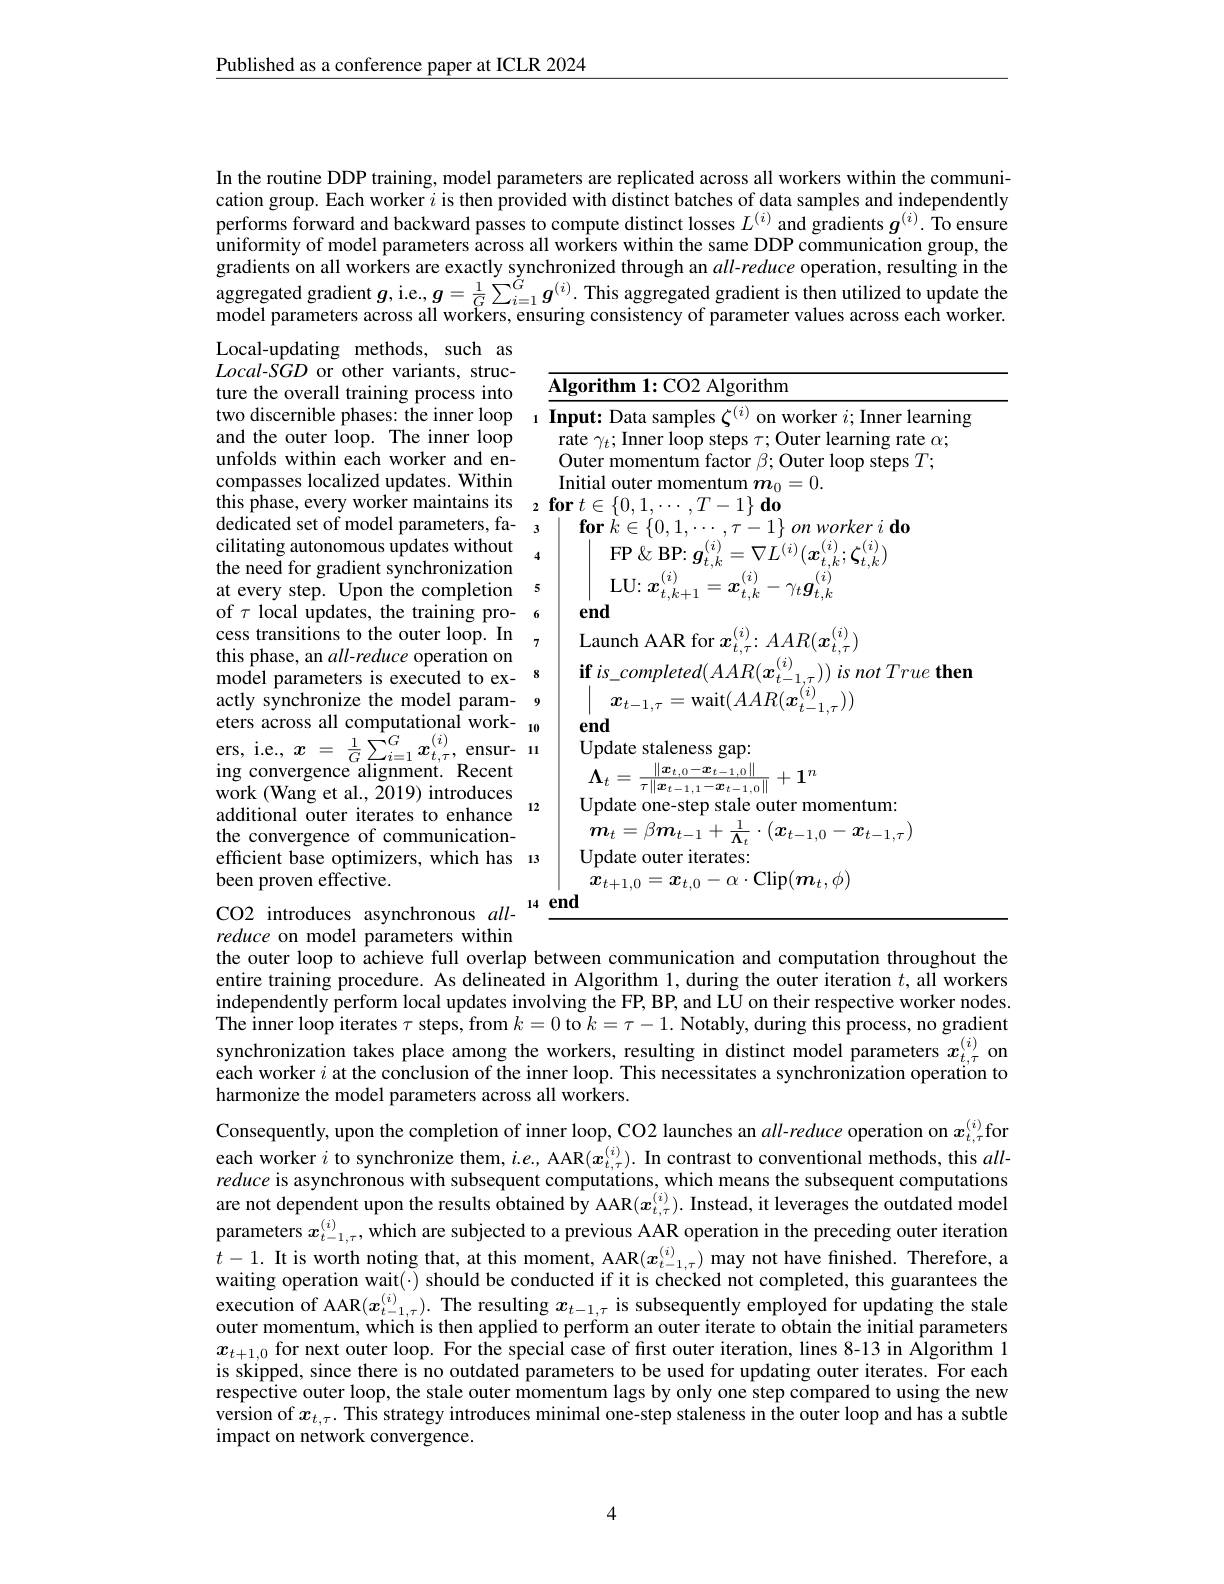
Published as a conference paper at ICLR 2024

In the routine DDP training, model parameters are replicated across all workers within the communication group. Each worker $i$ is then provided with distinct batches of data samples and independently performs forward and backward passes to compute distinct losses $L^{(i)}$ and gradients $g^{(i)}.$ To ensure $\hat{\text{uniformity of model parameters across all workers within the same DDP communication group, the}}$ gradients on all workers are exactly synchronized through an $all-reduce$ operation, resulting in the aggregated gradient $g$, i.e., $g=\frac1G\sum_{i=1}^Gg^{(i)}.$ This aggregated gradient is then utilized to update the model parameters across all workers, ensuring consistency of parameter values across each worker.

Local-updating methods, such as $Local-S\hat{G}D$ or other variants, structure the overall training process into two discernible phases: the inner loop and the outer loop. The inner loop unfolds within each worker and encompasses localized updates. Within this phase, every worker maintains its
cilitating autonomous updates without the need for gradient synchronization at every step. Upon the completion 5 of $\tau$ local updates, the training pro- 6 cess transitions to the outer loop. In , this phase, an $all-reduce$ operation on model parameters is executed to exactly synchronize the model param- 9 eters across all computational work- $_{10}$ ers, i. e. , $x= \frac 1G\sum _{i= 1}^{G}x_{t, \tau }^{( i) }$, ensur- ing convergence alignment. Recent work (Wang et al., 2019) introduces
12
additional outer iterates to enhance the convergence of communicationefficient base optimizers, which has 13
been proven effective.

<table>
	<tbody>
		<tr>
			<td>$AI$</td>
			<td>$\textbf{orithm 1: CO2 Algorithm}$</td>
		</tr>
		<tr>
			<td> </td>
			<td>puale ourer iterales. $x_{t+1,0}=\boldsymbol{x}_{t,0}-\alpha\cdot$Clip$(\boldsymbol m_t,\phi)$</td>
		</tr>
		<tr>
			<td>en</td>
			<td> </td>
		</tr>
	</tbody>
</table>

CO2 introduces asynchronous allreduce on model parameters within the outer loop to achieve full overlap between communication and computation throughout the entire training procedure. As delineated in Algorithm 1, during the outer iteration $t$, all workers independently perform local updates involving the FP, BP, and LU on their respective worker nodes. The inner loop iterates $\tau$ steps, from $k=0$ to $k=\tau-1.$ Notably, during this process, no gradient synchronization takes place among the workers, resulting in distinct model parameters $x_{t,\tau}^{(i)}$ on each worker $i$ at the conclusion of the inner loop. This necessitates a synchronization operation to harmonize the model parameters across all workers.

Consequently, upon the completion of inner loop, CO2 launches an $all-reduce$ operation on $x_t,\tau^{(i)}$for each worker $i$ to synchronize them, $i.e.$, AAR$(x_t,\tau^{(i)}).$ In contrast to conventional methods, this allreduce is asynchronous with subsequent computations, which means the subsequent computations are not dependent upon the results obtained by AAR$(x_{t,\tau}^{(i)}).$ Instead, it leverages the outdated model parameters $x_{t-1,\tau}^{(i)}$, which are subjected to a previous AAR operation in the preceding outer iteration $t- 1. \textbf{ It is worth noting that, at this moment, AAR}( \boldsymbol{x}_{t- 1, \tau }^{( i) })$ may not have finished. Therefore, a waiting operation wait(·) should be conducted if it is checked not completed, this guarantees the execution of AAR$(\boldsymbol{x}_t-1,\tau).$ The resulting $x_t-1,\tau$ is subsequently employed for updating the stale outer momentum, which is then applied to perform an outer iterate to obtain the initial parameters $x_{t+1,0}$ for next outer loop. For the special case of first outer iteration, lines 8-13 in Algorithm 1 is skipped, since there is no outdated parameters to be used for updating outer iterates. For each respective outer loop, the stale outer momentum lags by only one step compared to using the new version of $x_t,\tau.$ This strategy introduces minimal one-step staleness in the outer loop and has a subtle impact on network convergence.